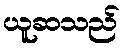
ယူဆသည်